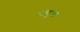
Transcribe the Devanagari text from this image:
चाहुंगा